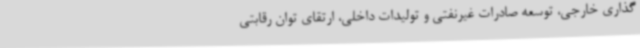
‌گذاری خارجی، توسعه صادرات غیرنفتی و تولیدات داخلی، ارتقای توان رقابتی